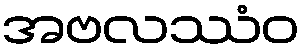
အဗလဿံဝ